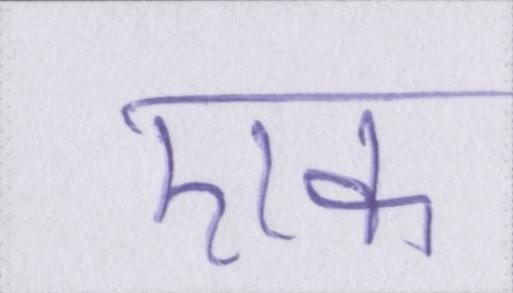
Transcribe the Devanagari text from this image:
एक